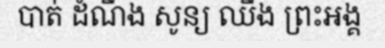
បាត់ ដំណឹង សូន្យ ឈឹង ព្រះអង្គ